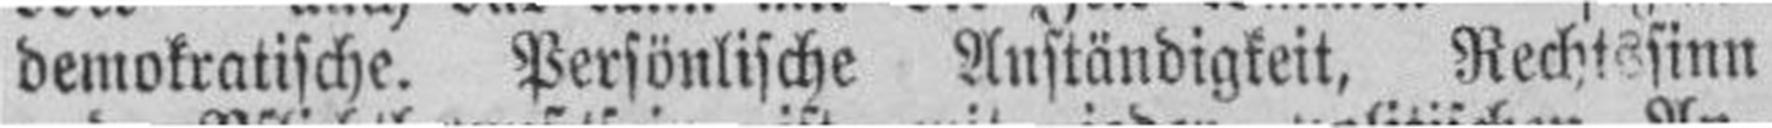
demokratische. Persönlische Anständigkeit, Rechtssinn